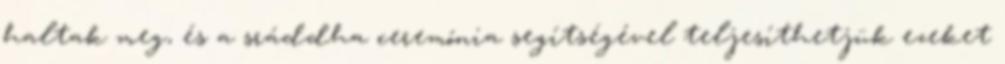
haltak meg, és a sráddha ceremónia segítségével teljesíthetjük ezeket